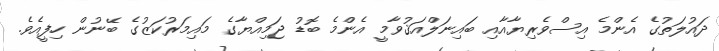
ދައުލަތުގެ އެންމެ އިސްވެރިޔާއާއި ބައިނަލްއަޤުވާމީ އެންމެ ބޮޑު ޖަމިއްޔާގެ މައިމަރުކަޒުގެ ބޭނުން ހިފީއެވެ.